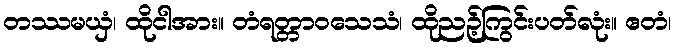
တဿမယှံ၊ ထိုငါအား။ တံရတ္တာဝသေသံ၊ ထိုညဉ့်ကြွင်းပတ်လုံး။ ဧတံ၊